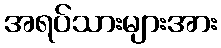
အရပ်သားများအား